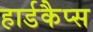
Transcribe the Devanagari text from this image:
हार्डकैप्स